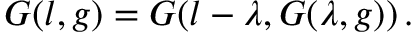
G ( l , g ) = G ( l - \lambda , G ( \lambda , g ) ) \, .